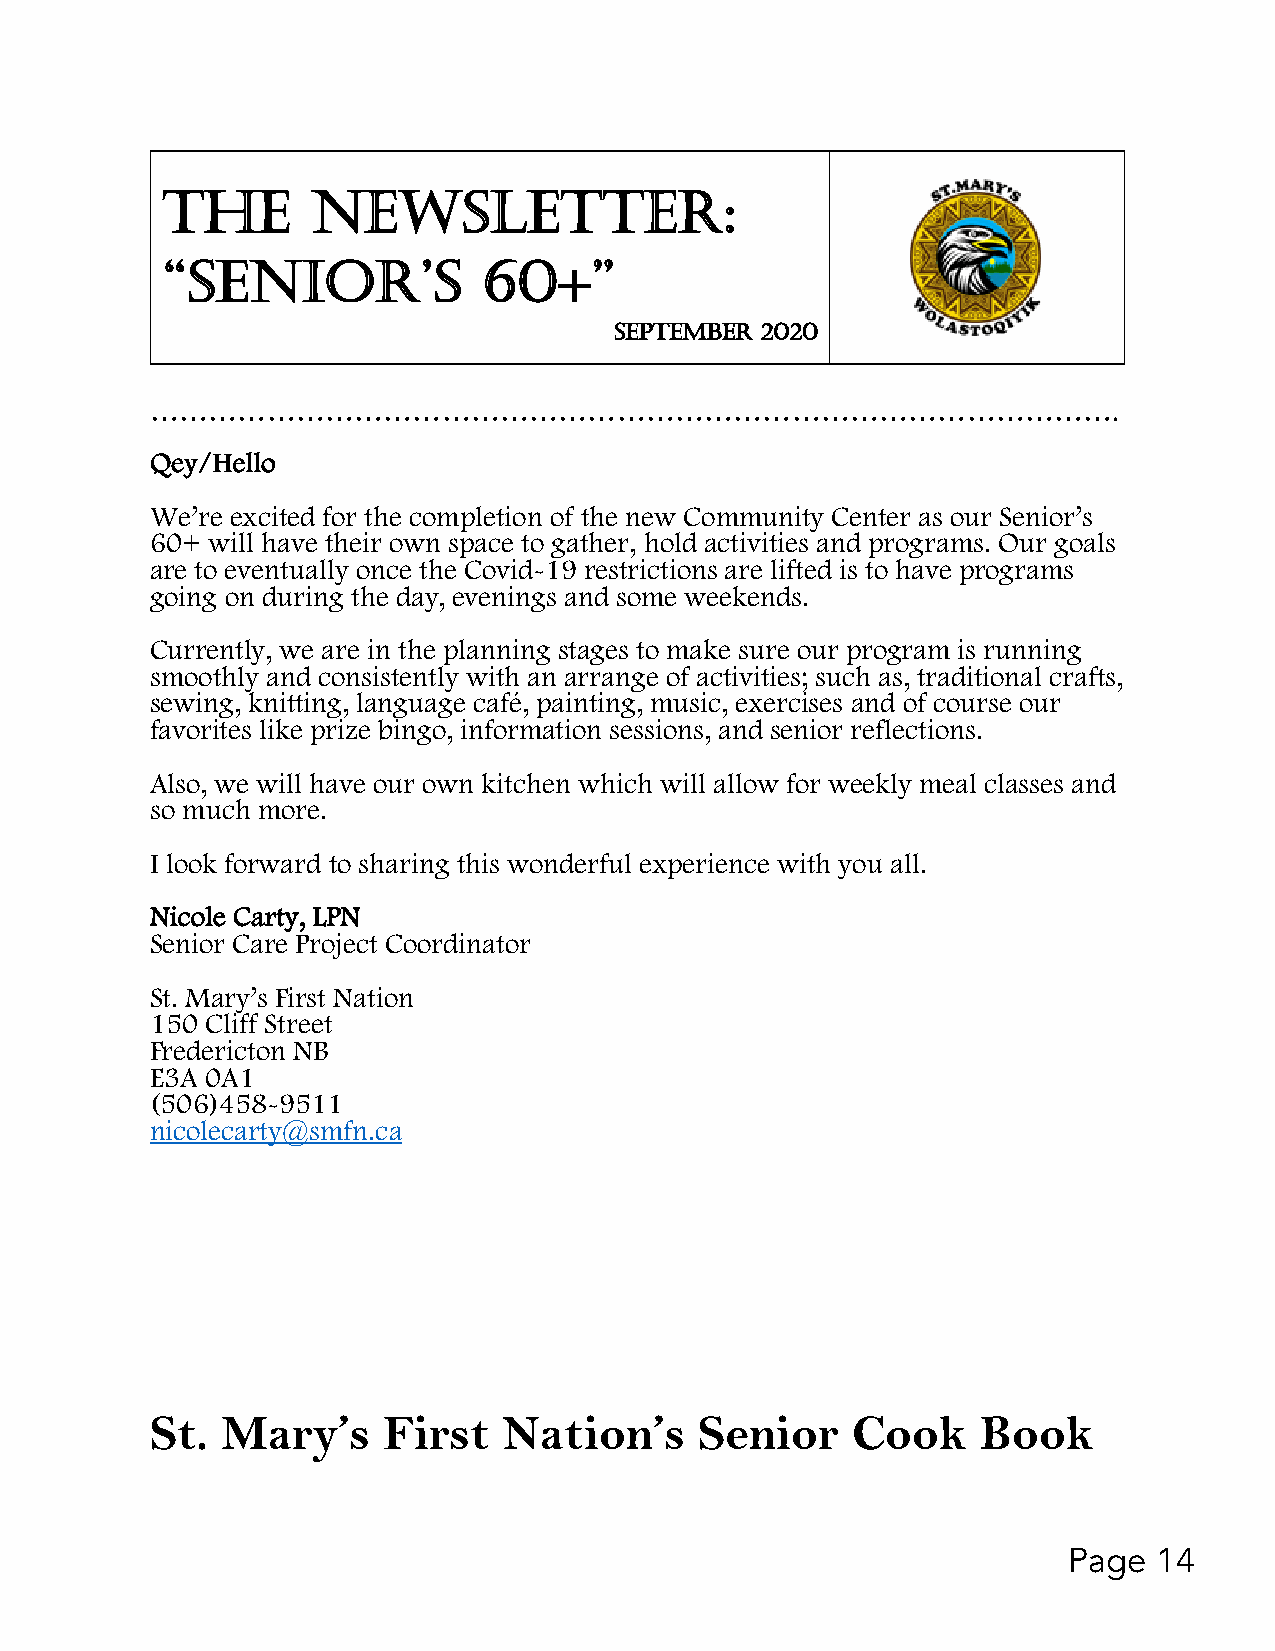
THE       NEWSLETTER:
 “SENIOR’S            60+”
 SEPTEMBER 2020
 ……………………………………………………………………………………….
 Qey/Hello
 We’re excited for the completion of the new Community Center as our Senior’s
 60+ will have their own space to gather, hold activities and programs. Our goals
 are to eventually once the Covid-19 restrictions are lifted is to have programs
 going on during the day, evenings and some weekends.
 Currently, we are in the planning stages to make sure our program is running
 smoothly and consistently with an arrange of activities; such as, traditional crafts,
 sewing, knitting, language café, painting, music, exercises and of course our
 favorites like prize bingo, information sessions, and senior reflections.
 Also, we will have our own kitchen which will allow for weekly meal classes and
 so much more.
 I look forward to sharing this wonderful experience with you all.
 Nicole Carty, LPN
 Senior Care Project Coordinator
 St. Mary’s First Nation
 150 Cliff Street
 Fredericton NB
 E3A 0A1
 (506)458-9511
 nicolecarty@smfn.ca
 St.  Mary’s    First   Nation’s     Senior    Cook     Book